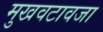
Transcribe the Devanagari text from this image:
मुखवटावजा